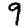
Digit: 9